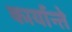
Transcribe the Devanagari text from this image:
कार्यान्ते